Civil Veterinary Dept. Assam report 1911-1927 - 1911-1927
Year: 1911
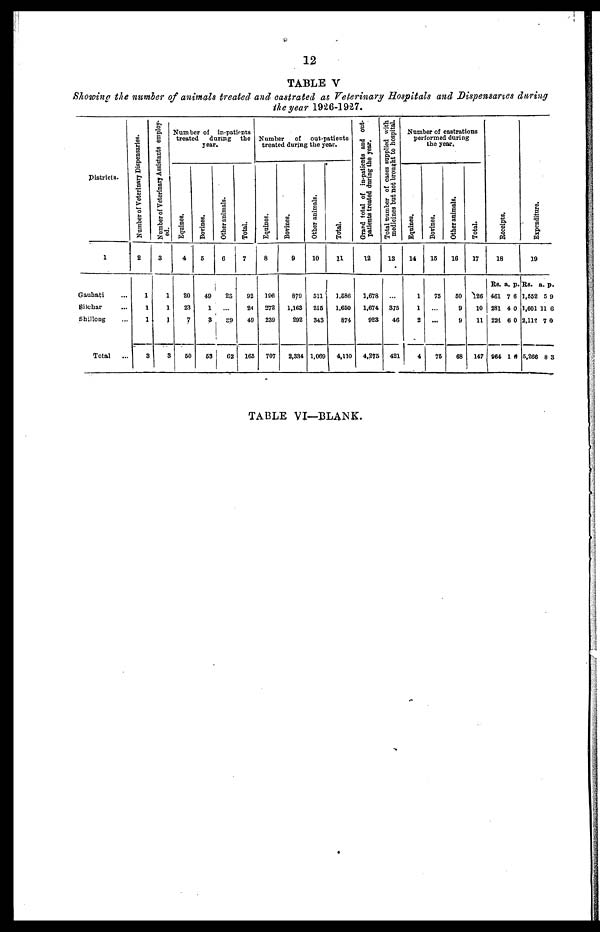
12
TABLE V
Showing the number of animals treated and castrated at, Veterinary Hospitals and Dispensaries during
the year 1926-1927.
Districts.
1
Gauhati …
Silchar …
Shillong …
Total ...
Number of Veterinary Dispensaries.
2
1
1
1
3
Number of Veterinary Assistants employ-
ed.
3
1
1
1
3
Number of in-patients
treated
during the
year.
Equines.
4
20
23
7
50
Borines.
5
49
1
3
53
Other animals.
6
23
…
29
62
Total.
7
92
24
49
165
Number
of out-patients
treated during the year.
Equines.
8
196
272
239
707
Bovines.
9
879
1,163
292
2,334
Other animals.
10
511
216
343
1,069
Total.
11
1,586
1,650
874
4,110
Grand total of in-patients and out-
patients treated during the year.
12
1,678
1,674
923
4,275
Total number of cases supplied with
medicines but not brought to hospital.
13
…
375
46
421
Number of castrations
performed during
the year.
Equines.
14
1
1
2
4
Bovines.
15
75
…
...
75
Other animals.
16
50
9
9
68
Total.
17
126
10
11
147
Recei pt s .
18
Rs. a. p.
461 7 6
281 4 0
221 6 0
964 1 6
Expenditure.
19
Rs. a. p.
1,552 5 9
1,601 11 6
2,114 7 0
5,266 8 3
TABLE VI—BLANK.